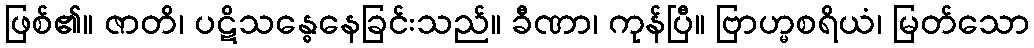
ဖြစ်၏။ ဇာတိ၊ ပဋိသန္ဓေနေခြင်းသည်။ ခီဏာ၊ ကုန်ပြီ။ ဗြာဟ္မစရိယံ၊ မြတ်သော